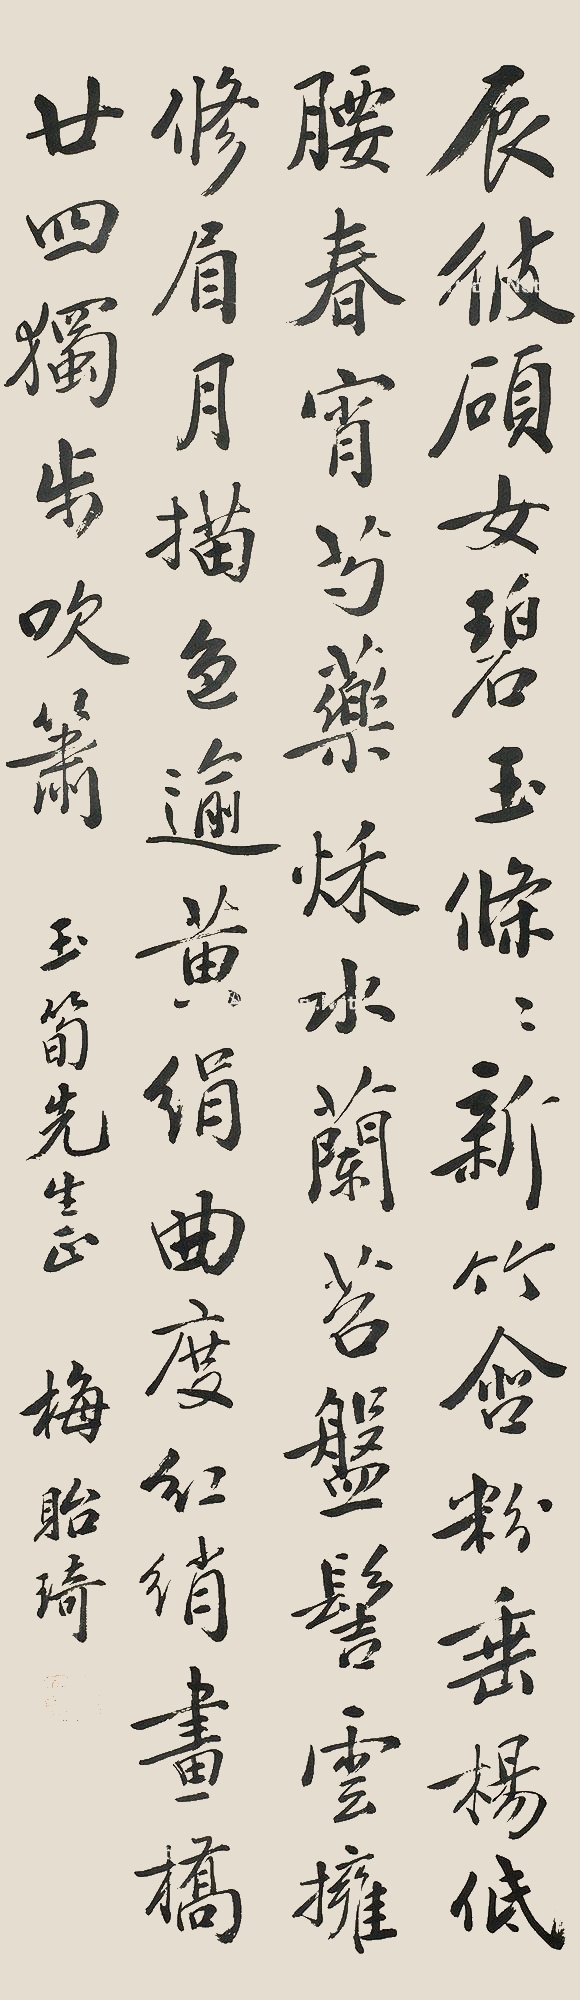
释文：辰彼硕女，碧玉条条，新竹含粉，垂杨低腰。春宵芍药，秋水兰苕，盘髻云拥，修眉月描。色逾黄娟，曲度红绡，画桥廿四，独步吹箫。玉笋先生正，梅贻琦。